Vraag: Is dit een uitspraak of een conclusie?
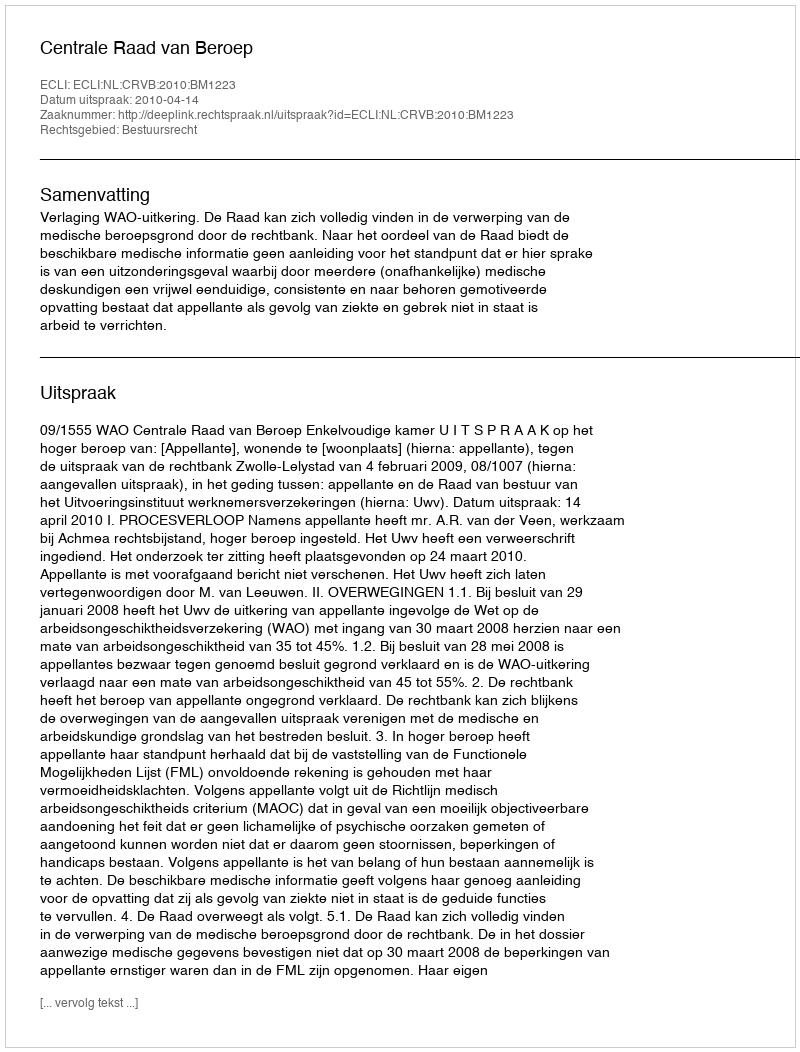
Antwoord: Uitspraak